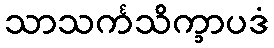
သာသင်္ကသိက္ခာပဒံ